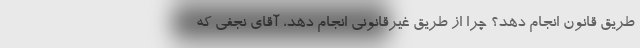
طریق قانون انجام دهد؟ چرا از طریق غیرقانونی انجام دهد، آقای نجفی که